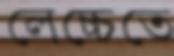
লেচ্চেতে